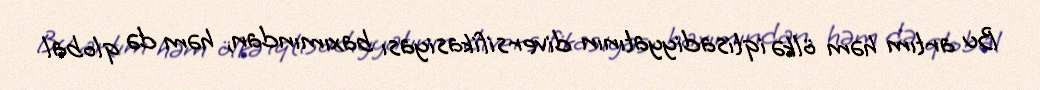
Bu artım həm ölkə iqtisadiyyatının diversifikasiyası baxımından, həm də qlobal